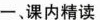
一、课内精读